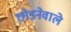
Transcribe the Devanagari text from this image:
छोड़नेवाले